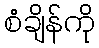
စံချိန်ကို